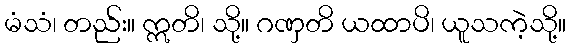
မံသံ၊ တည်း။ ဣတိ၊ သို့။ ဂဏှတိ ယထာပိ၊ ယူသကဲ့သို့။